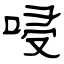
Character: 唚